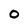
Character: 0